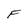
Character: F